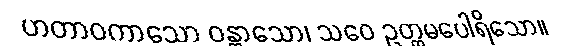
ဟတာဝကာသော ဝန္တာသော၊ သဝေ ဥတ္တမပေါရိသော။